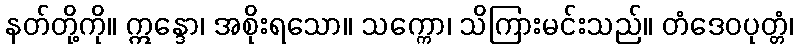
နတ်တို့ကို။ ဣန္ဒော၊ အစိုးရသော။ သက္ကော၊ သိကြားမင်းသည်။ တံဒေဝပုတ္တံ၊